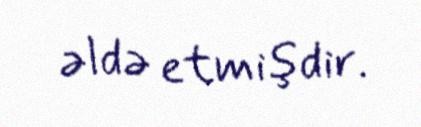
əldə etmişdir.